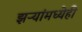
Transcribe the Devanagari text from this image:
झऱ्यांमध्येही